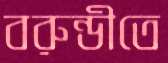
বরুন্ডীতে